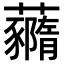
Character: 𧄙